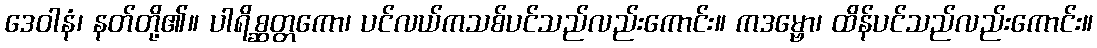
ဒေဝါနံ၊ နတ်တို့၏။ ပါရိစ္ဆတ္တကော၊ ပင်လယ်ကသစ်ပင်သည်လည်းကောင်း။ ကဒမ္ဗော၊ ထိန်ပင်သည်လည်းကောင်း။